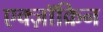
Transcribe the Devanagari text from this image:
एक्ज़ॉक्रिन